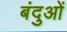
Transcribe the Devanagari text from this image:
बंदुओं